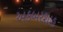
અકબરશાહ